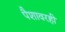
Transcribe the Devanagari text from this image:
पैशावरही